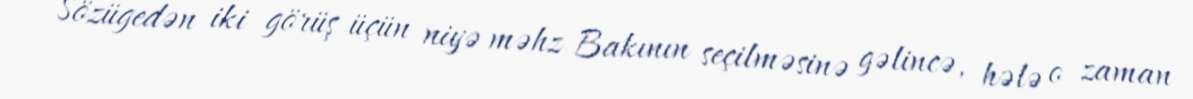
Sözügedən iki görüş üçün niyə məhz Bakının seçilməsinə gəlincə, hələ o zaman